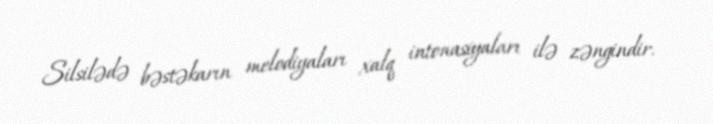
Silsilədə bəstəkarın melodiyaları xalq intonasiyaları ilə zəngindir.